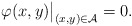
\begin{align*}\varphi(x,y)\big|_{(x,y)\in\mathcal{A}}=0.\end{align*}